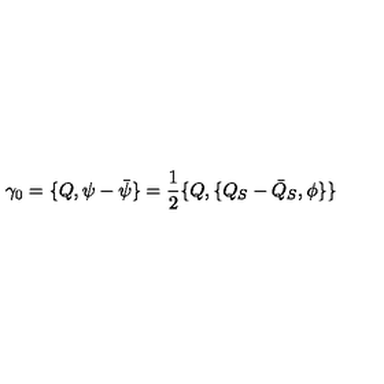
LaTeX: \gamma _ { 0 } = \{ Q , \psi - { \bar { \psi } } \} = \frac { 1 } { 2 } \{ Q , \{ Q _ { S } - { \bar { Q } } _ { S } , \phi \} \}